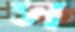
স